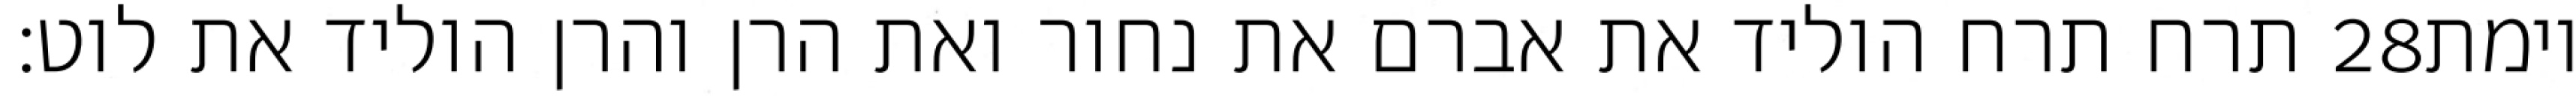
תרח תרח הוליד את אברם את נחור ואת הרן והרן הוליד את לוט׃ ‎28‏ וימת